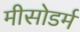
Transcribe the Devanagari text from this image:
मीसोडर्म